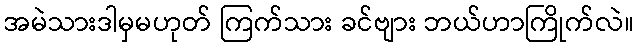
အမဲသားဒါမှမဟုတ် ကြက်သား ခင်ဗျား ဘယ်ဟာကြိုက်လဲ။